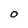
Character: O